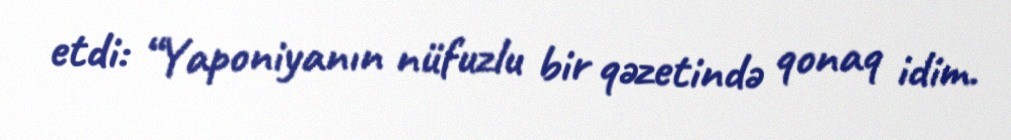
etdi: “Yaponiyanın nüfuzlu bir qəzetində qonaq idim.